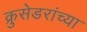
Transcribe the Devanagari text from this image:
क्रुसेडरांच्या